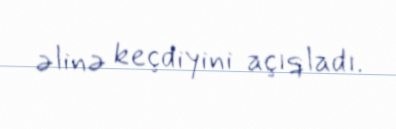
əlinə keçdiyini açıqladı.